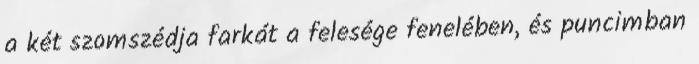
a két szomszédja farkát a felesége fenelében, és puncimban